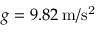
g = 9 . 8 2 \: \mathrm { m / s ^ { 2 } }